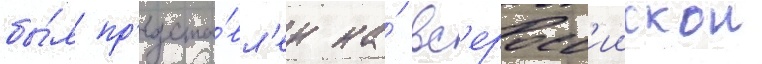
бы́л пр'едста́вл'ен на́ вс'еросс'иискои